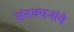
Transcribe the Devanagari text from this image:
संतवचनांचे